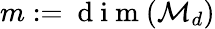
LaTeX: m:=\mathrm{~d~i~m~}(\mathcal{M}_{d})